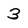
Character: 3